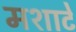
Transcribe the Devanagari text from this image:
मशाटे